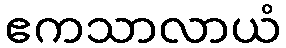
ဧကသာလာယံ